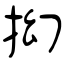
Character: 抝